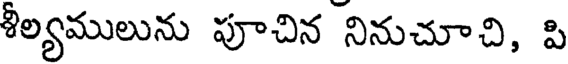
శీల్యములును పూచిన నినుచూచి, పి